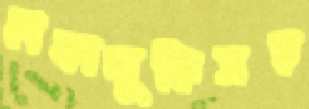
হাকালুকিসহ